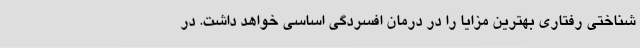
شناختی رفتاری بهترین مزایا را در درمان افسردگی اساسی خواهد داشت. در